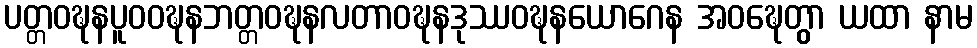
ပတ္တဝဍ္ဎနပူဝဝဍ္ဎနဘတ္တဝဍ္ဎနလတာဝဍ္ဎနဒုဿဝဍ္ဎနယောဂေန အဝဍ္ဎေတွာ ယထာ နာမ